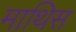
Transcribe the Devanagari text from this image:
माथिस